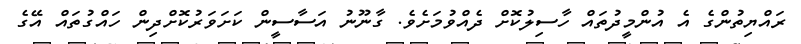
ރައްޔިތުންގެ އެ އުންމީދުތައް ހާސިލުކޮށް ދެެއްވުމަށެވެ. ގާނޫނު އަސާސީން ކަށަވަރުކޮށްދިން ހައްގުތައް އޭގެ